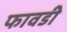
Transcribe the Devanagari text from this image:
फावडी